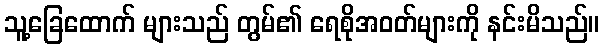
သူ့ခြေထောက် များသည် တွမ်၏ ရေစိုအဝတ်များကို နင်းမိသည်။